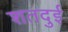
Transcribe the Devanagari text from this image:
शतदुई